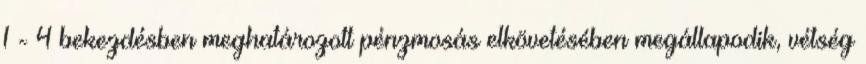
1 - 4 bekezdésben meghatározott pénzmosás elkövetésében megállapodik, vétség